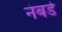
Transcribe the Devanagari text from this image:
नंबर्ड